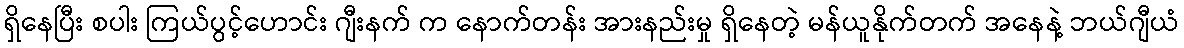
ရှိနေပြီး စပါး ကြယ်ပွင့်ဟောင်း ဂျီးနက် က နောက်တန်း အားနည်းမှု ရှိနေတဲ့ မန်ယူနိုက်တက် အနေနဲ့ ဘယ်ဂျီယံ